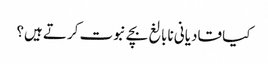
کیا قادیانی نابالغ بچے نبوت کرتے ہیں؟